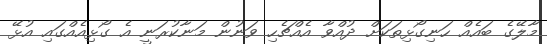
މާލޭގެ ބައެއް ހަނިގޯޅިތަކަށް ދުއްވާ އެއްޗެހި ވަނުން މަނާކުރަނީ އެ ގޯޅިއެއްގައި އުޅޭ